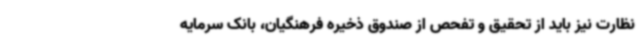
نظارت نیز باید از تحقیق و تفحص از صندوق ذخیره فرهنگیان، بانک سرمایه